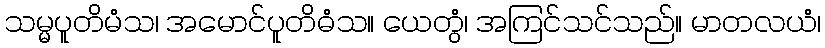
သမ္မပူတိမံသ၊ အမောင်ပူတိဓံသ။ ယေတွံ၊ အကြင်သင်သည်။ မာတလယံ၊